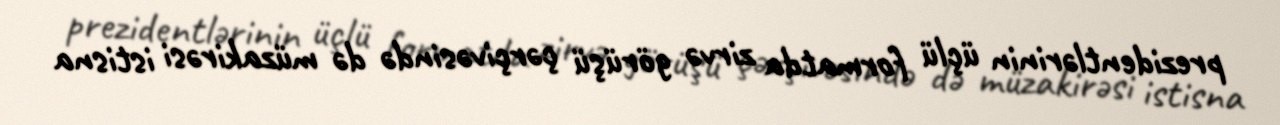
prezidentlərinin üçlü formatda zirvə görüşü çərçivəsində də müzakirəsi istisna